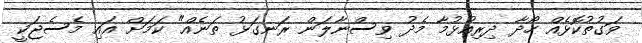
ވަގުތުކޮޅެއް ހޯދާ ދިރިއުޅުމާ މެދު ވިސްނާލަން ރަނގަޅު ތަނެއް" ކަމަށް އައި މެސެޖަކީ